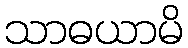
သာဓယာမိ